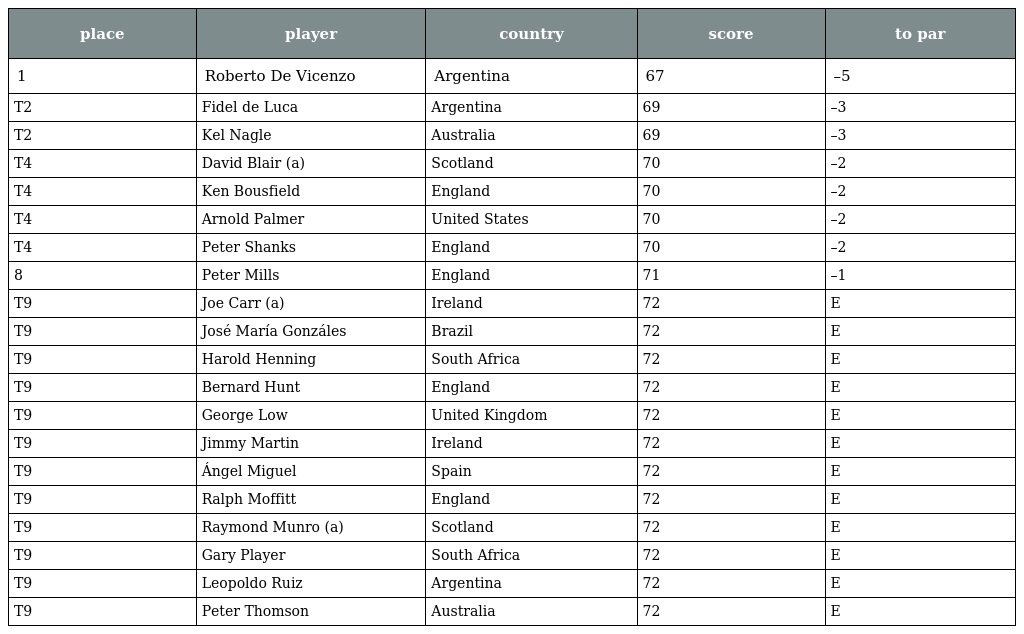
| place | player | country | score | to par |
 | --- | --- | --- | --- | --- |
 | 1 | Roberto De Vicenzo | Argentina | 67 | –5 |
 | T2 | Fidel de Luca | Argentina | 69 | –3 |
 | T2 | Kel Nagle | Australia | 69 | –3 |
 | T4 | David Blair (a) | Scotland | 70 | –2 |
 | T4 | Ken Bousfield | England | 70 | –2 |
 | T4 | Arnold Palmer | United States | 70 | –2 |
 | T4 | Peter Shanks | England | 70 | –2 |
 | 8 | Peter Mills | England | 71 | –1 |
 | T9 | Joe Carr (a) | Ireland | 72 | E |
 | T9 | José María Gonzáles | Brazil | 72 | E |
 | T9 | Harold Henning | South Africa | 72 | E |
 | T9 | Bernard Hunt | England | 72 | E |
 | T9 | George Low | United Kingdom | 72 | E |
 | T9 | Jimmy Martin | Ireland | 72 | E |
 | T9 | Ángel Miguel | Spain | 72 | E |
 | T9 | Ralph Moffitt | England | 72 | E |
 | T9 | Raymond Munro (a) | Scotland | 72 | E |
 | T9 | Gary Player | South Africa | 72 | E |
 | T9 | Leopoldo Ruiz | Argentina | 72 | E |
 | T9 | Peter Thomson | Australia | 72 | E |